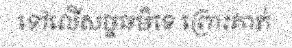
ទៅលើសច្ចធម៌ទេ ព្រោះគាត់